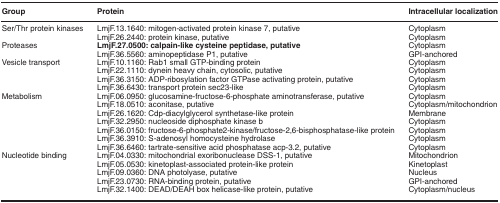
| Group | Protein | Intracellular localization |
 | --- | --- | --- |
 | Ser/Thr protein kinases | LmjF.13.1640: mitogen-activated protein kinase 7, putative | Cytoplasm |
 |  | LmjF.26.2440: protein kinase, putative | Cytoplasm |
 | Proteases | LmjF.27.0500: calpain-like cysteine peptidase, putative | Cytoplasm |
 |  | LmjF.36.5560: aminopeptidase P1, putative | GPI-anchored |
 | Vesicle transport | LmjF.10.1160: Rab1 small GTP-binding protein | Cytoplasm |
 |  | LmjF.22.1110: dynein heavy chain, cytosolic, putative | Cytoplasm |
 |  | LmjF.36.3150: ADP-ribosylation factor GTPase activating protein, putative | Cytoplasm |
 |  | LmjF.36.6430: transport protein sec23-like | Cytoplasm |
 | Metabolism | LmjF.06.0950: glucosamine-fructose-6-phosphate aminotransferase, putative | Cytoplasm |
 |  | LmjF.18.0510: aconitase, putative | Cytoplasm/mitochondrion |
 |  | LmjF.26.1620: Cdp-diacylglycerol synthetase-like protein | Membrane |
 |  | LmjF.32.2950: nucleoside diphosphate kinase b | Cytoplasm |
 |  | LmjF.36.0150: fructose-6-phosphate2-kinase/fructose-2,6-bisphosphatase-like protein | Cytoplasm |
 |  | LmjF.36.3910: S-adenosyl homocysteine hydrolase | Cytoplasm |
 |  | LmjF.36.6460: tartrate-sensitive acid phosphatase acp-3.2, putative | Cytoplasm |
 | Nucleotide binding | LmjF.04.0330: mitochondrial exoribonuclease DSS-1, putative | Mitochondrion |
 |  | LmjF.05.0530: kinetoplast-associated protein-like protein | Kinetoplast |
 |  | LmjF.09.0360: DNA photolyase, putative | Nucleus |
 |  | LmjF.23.0730: RNA-binding protein, putative | GPI-anchored |
 |  | LmjF.32.1400: DEAD/DEAH box helicase-like protein, putative | Cytoplasm/nucleus |